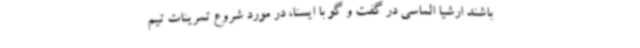
باشند ارشیا الماسی در گفت و گو با ایسنا، در مورد شروع تمرینات تیم